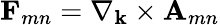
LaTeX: \mathbf{F}_{mn}=\nabla_{\mathbf{k}}\times\mathbf{A}_{mn}